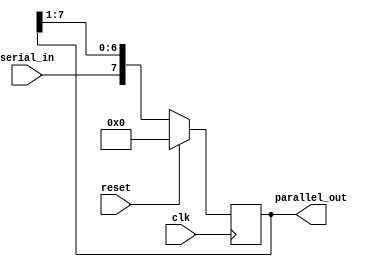
module serial_in_parallel_out(
  input wire clk,
  input wire reset,
  input wire serial_in,
  output reg [7:0] parallel_out
);

reg [7:0] shift_register;

always @(posedge clk) begin
  if (reset) begin
    shift_register <= 8'h00;
  end else begin
    shift_register <= {serial_in, shift_register[7:1]};
  end
end

assign parallel_out = shift_register;

endmodule